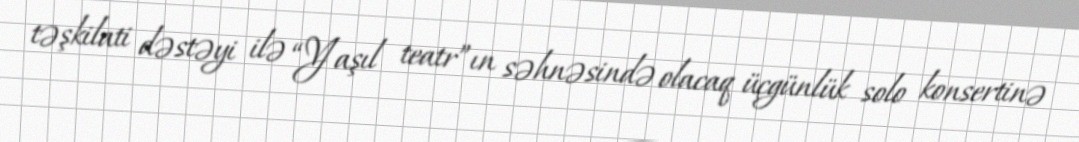
təşkilati dəstəyi ilə “Yaşıl teatr”ın səhnəsində olacaq üçgünlük solo konsertinə